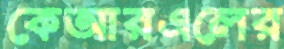
কেআরএলের